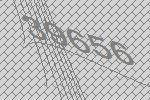
39656